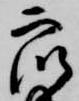
衆